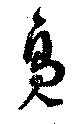
鳧